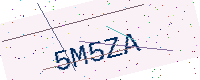
Text: 5M5ZA